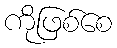
ကိုဖြစ်စေ